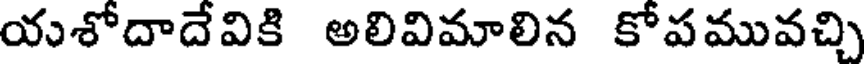
యశోదాదేవికి అలివిమాలిన కోపమువచ్చి